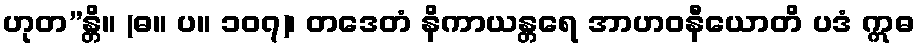
ဟုတ”န္တိ။ (ဓ။ ပ။ ၁၀၇)၊ တဒေတံ နိကာယန္တရေ အာဟဝနီယောတိ ပဒံ ဣဓ